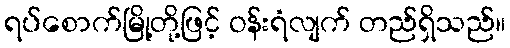
ရပ်စောက်မြို့တို့ဖြင့် ဝန်းရံလျက် တည်ရှိသည်။